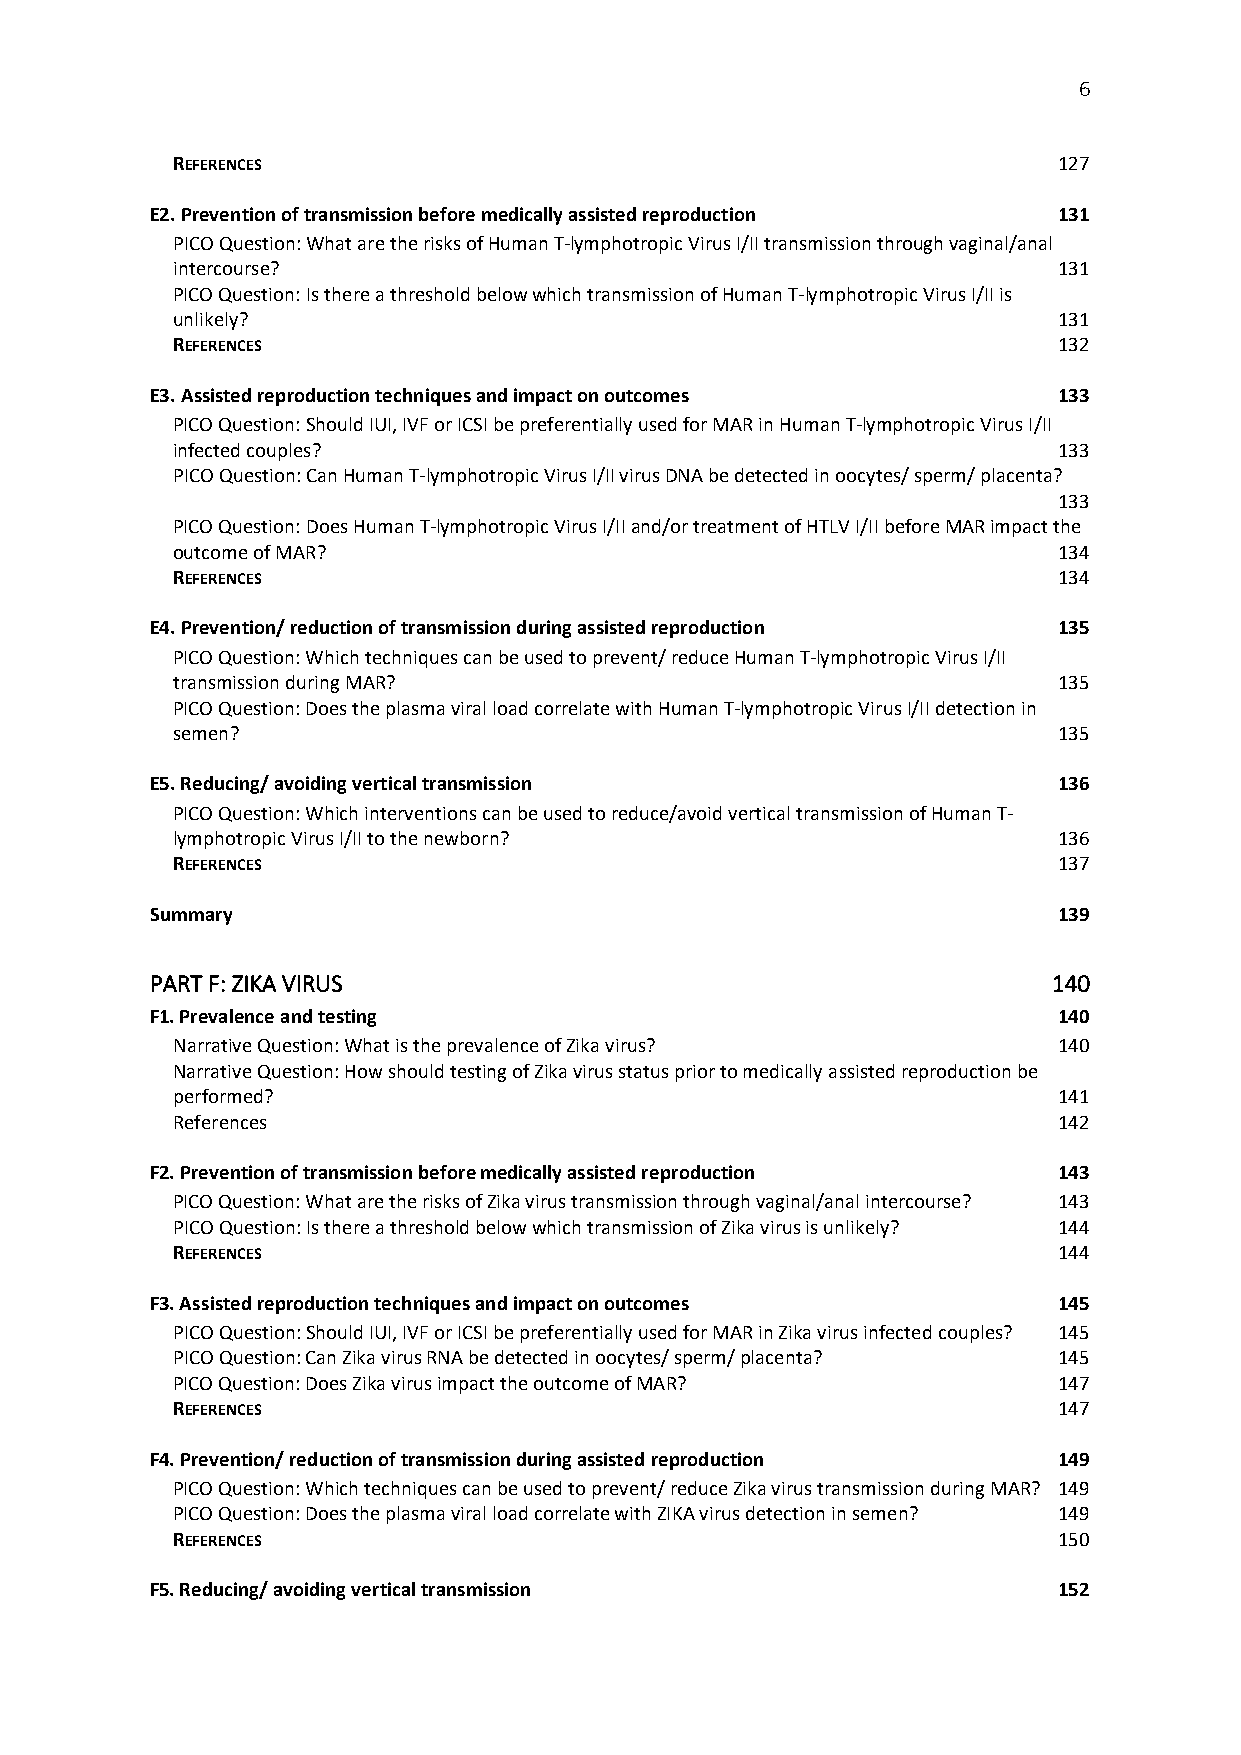
6
 REFERENCES                                                 127
 E2. Prevention of transmission before medically assisted reproduction 131
 PICO Question: What are the risks of Human T-lymphotropic Virus I/II transmission through vaginal/anal
 intercourse?                                               131
 PICO Question: Is there a threshold below which transmission of Human T-lymphotropic Virus I/II is
 unlikely?                                                  131
 REFERENCES                                                 132
 E3. Assisted reproduction techniques and impact on outcomes 133
 PICO Question: Should IUI, IVF or ICSI be preferentially used for MAR in Human T-lymphotropic Virus I/II
 infected couples?                                          133
 PICO Question: Can Human T-lymphotropic Virus I/II virus DNA be detected in oocytes/ sperm/ placenta?
 133
 PICO Question: Does Human T-lymphotropic Virus I/II and/or treatment of HTLV I/II before MAR impact the
 outcome of MAR?                                            134
 REFERENCES                                                 134
 E4. Prevention/ reduction of transmission during assisted reproduction 135
 PICO Question: Which techniques can be used to prevent/ reduce Human T-lymphotropic Virus I/II
 transmission during MAR?                                   135
 PICO Question: Does the plasma viral load correlate with Human T-lymphotropic Virus I/II detection in
 semen?                                                     135
 E5. Reducing/ avoiding vertical transmission                136
 PICO Question: Which interventions can be used to reduce/avoid vertical transmission of Human T-
 lymphotropic Virus I/II to the newborn?                    136
 REFERENCES                                                 137
 Summary                                                     139
 PART F: ZIKA VIRUS                                          140
 F1. Prevalence and testing                                  140
 Narrative Question: What is the prevalence of Zika virus?  140
 Narrative Question: How should testing of Zika virus status prior to medically assisted reproduction be
 performed?                                                 141
 References                                                 142
 F2. Prevention of transmission before medically assisted reproduction 143
 PICO Question: What are the risks of Zika virus transmission through vaginal/anal intercourse? 143
 PICO Question: Is there a threshold below which transmission of Zika virus is unlikely? 144
 REFERENCES                                                 144
 F3. Assisted reproduction techniques and impact on outcomes 145
 PICO Question: Should IUI, IVF or ICSI be preferentially used for MAR in Zika virus infected couples? 145
 PICO Question: Can Zika virus RNA be detected in oocytes/ sperm/ placenta? 145
 PICO Question: Does Zika virus impact the outcome of MAR?  147
 REFERENCES                                                 147
 F4. Prevention/ reduction of transmission during assisted reproduction 149
 PICO Question: Which techniques can be used to prevent/ reduce Zika virus transmission during MAR? 149
 PICO Question: Does the plasma viral load correlate with ZIKA virus detection in semen? 149
 REFERENCES                                                 150
 F5. Reducing/ avoiding vertical transmission                152